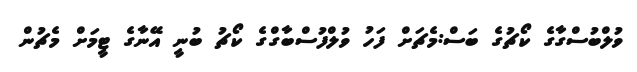
ވުލްބުސްގާގެ ކޯޗުގެ ބަސް:މެޗަށް ފަހު ވުލްފުސްބާގްގެ ކޯޗު ބުނީ އޭނާގެ ޓީމަށް މެޗުން